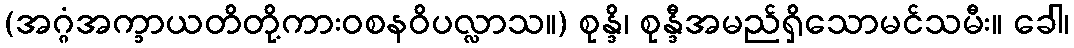
(အဂ္ဂံအက္ခာယတိတို့ကားဝစနဝိပလ္လာသ။) စုန္ဒိ၊ စုန္ဒီအမည်ရှိသောမင်သမီး။ ခေါ၊